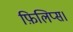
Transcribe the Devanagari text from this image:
फ़िलिप्स।